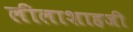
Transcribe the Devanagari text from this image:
लीलाशाहजी